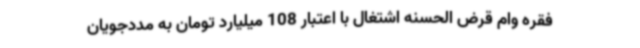
فقره وام قرض الحسنه اشتغال با اعتبار 108 میلیارد تومان به مددجویان